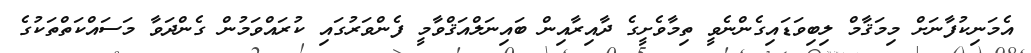
އެމަނިކުފާނަށް މިމަޤާމް ލިބިވަޑައިގެންނެވީ ތިމާވެށީގެ ދާއިރާއިން ބައިނަލްއަޤްވާމީ ފެންވަރުގައި ކުރައްވަމުން ގެންދަވާ މަސައްކަތްތަކުގެ